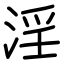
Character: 淫